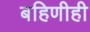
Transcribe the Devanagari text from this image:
बहिणीही